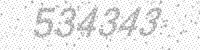
Solution: 534343